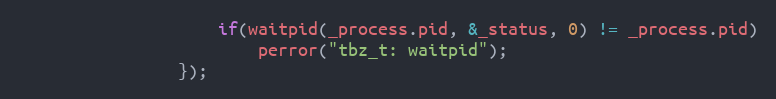
Language: C++
					if(waitpid(_process.pid, &_status, 0) != _process.pid)
						perror("tbz_t: waitpid");
				});